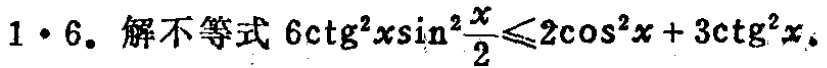
$1\cdot6. \text{解不等式}6\mathrm{ctg}^{2}x\sin^{2}\frac{x}{2}\leqslant2\cos^{2}x + 3\mathrm{ctg}^{2}x.$